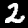
Label: 2